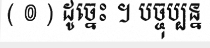
( ៙ ) ដូច្នេះ ។ បច្ចុប្បន្ន